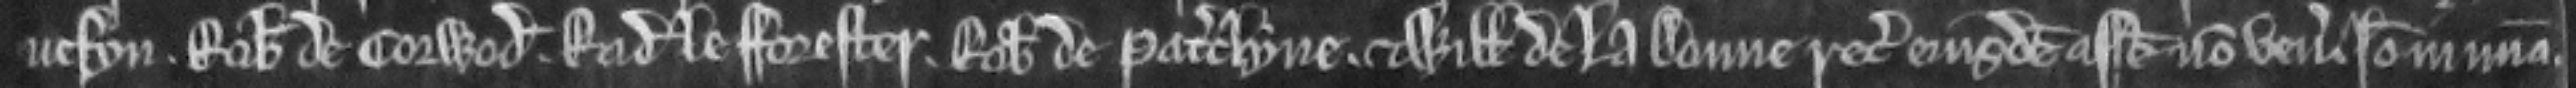
vesyn. Robertus de Corwod. Radulfus le Forester. Robertus de Paterclyve. et Willelmus de la Doune recognitores ejusdem assise non veniunt. Ideo in misericordia.